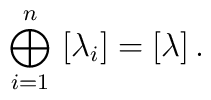
\bigoplus_{i=1}^n \,\, [\lambda_i] = [\lambda] \,.